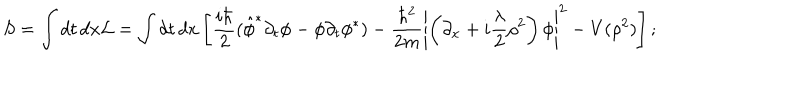
S = \int d t \, d x { \cal L } = \int d t \, d x \left[ \frac { i \hbar } { 2 } ( \hat { \phi } ^ { * } \partial _ { t } { \phi } - { \phi } \partial _ { t } { \phi } ^ { * } ) - \frac { \hbar ^ { 2 } } { 2 m } \left| \left( \partial _ { x } + i { \frac { \lambda } { 2 } } \rho ^ { 2 } \right) \phi \right| ^ { 2 } - V ( \rho ^ { 2 } ) \right] ;